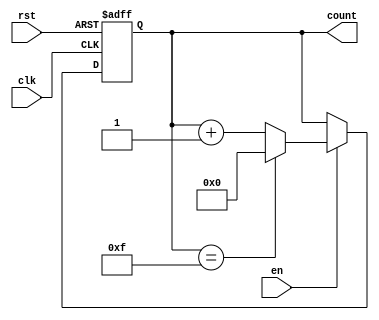
module binary_counter #(
    parameter N = 4  // Define the bit width of the counter, default 4 bits
)(
    input wire clk,    // Clock input
    input wire rst,    // Asynchronous reset
    input wire en,     // Enable signal
    output reg [N-1:0] count // N-bit output count
);

// Always block for the counter operation
always @(posedge clk or posedge rst) begin
    if (rst) begin
        count <= 0; // Reset the counter to 0
    end else if (en) begin
        if (count == (2**N - 1)) begin
            count <= 0; // Roll over to 0 on maximum count
        end else begin
            count <= count + 1; // Increment the counter
        end
    end
end

endmodule